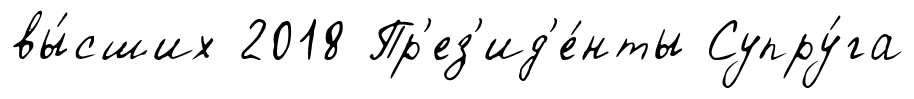
вы́сших 2018 Пр'ез'ид'е́нты Супру́га